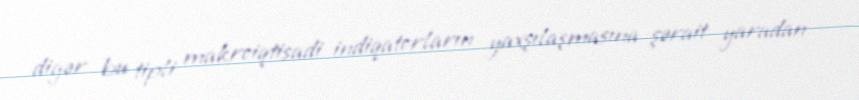
digər bu tipli makroiqtisadi indiqatorların yaxşılaşmasına şərait yaradan